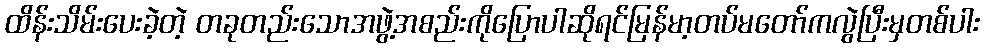
ထိန်းသိမ်းပေးခဲ့တဲ့ တခုတည်းသောအဖွဲ့အစည်းကိုပြောပါဆိုရင်မြန်မာ့တပ်မတော်ကလွဲပြီးမှတစ်ပါး